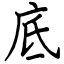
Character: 底